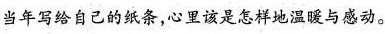
当年写给自己的纸条，心里该是怎样地温暖与感动。